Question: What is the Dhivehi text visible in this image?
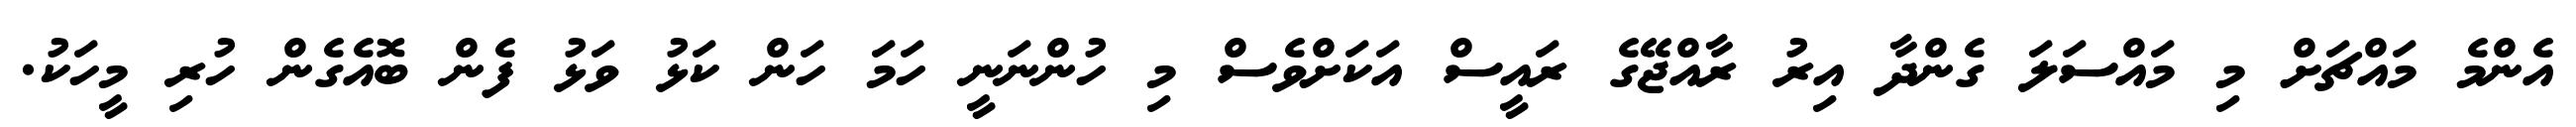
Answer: އެންމެ މައްޗަށް މި މައްސަލަ ގެންދާ އިރު ރާއްޖޭގެ ރައީސް އަކަށްވެސް މި ހުންނަނީ ހަމަ ހަން ކަޅު ވަޅު ފެން ބޮއެގެން ހުރި މީހަކު.